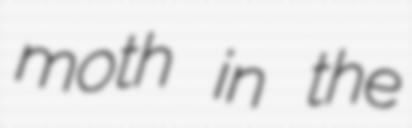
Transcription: moth in the